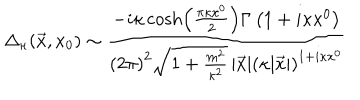
\Delta _ { \kappa } ( \vec { x } , x _ { 0 } ) \sim { \frac { - i \kappa \cosh \left( { \frac { \pi \kappa x ^ { 0 } } { 2 } } \right) \Gamma \left( 1 + i \kappa x ^ { 0 } \right) } { \left( 2 \pi \right) ^ { 2 } \sqrt { 1 + { \frac { m ^ { 2 } } { \kappa ^ { 2 } } } } \, | \vec { x } | \left( \kappa | \vec { x } | \right) ^ { 1 + i \kappa x ^ { 0 } } } }